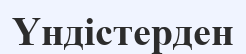
Үндістерден